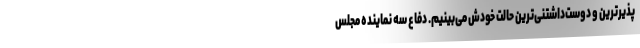
پذیرترین و دوست‌داشتنی‌ترین حالت خودش می‌بینیم. دفاع سه نماینده مجلس